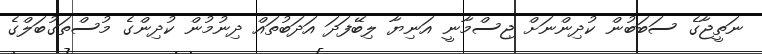
ނަތީޖާގެ ސަބަބުން ކުދިންނަށް ޖިސްމާނީ އަނިޔާ ލިބޭފަދަ އަދަބުތައް ދިނުމުން ކުދިންގެ މުސްތަގުބަލްގެ